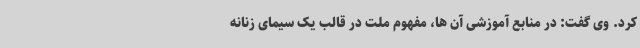
کرد. وی گفت: در منابع آموزشی آن ها، مفهوم ملت در قالب یک سیمای زنانه